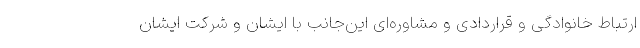
ارتباط خانوادگی و قراردادی و مشاوره‌ای این‌جانب با ایشان و شرکت ایشان